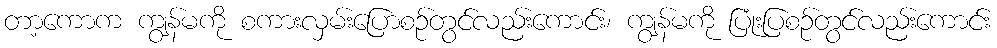
တာ့ကောက ကျွန်မကို စကားလှမ်းပြောစဉ်တွင်လည်းကောင်း၊ ကျွန်မကို ပြုံးပြစဉ်တွင်လည်းကောင်း